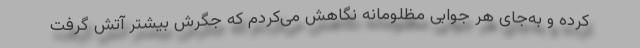
کرده و به‌جای هر جوابی مظلومانه نگاهش می‌کردم که جگرش بیشتر آتش گرفت